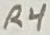
Text: R4